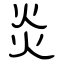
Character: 炎